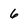
Character: 6